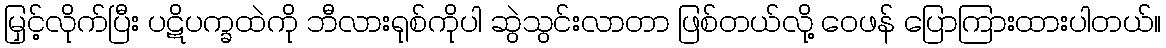
မြှင့်လိုက်ပြီး ပဋိပက္ခထဲကို ဘီလားရုစ်ကိုပါ ဆွဲသွင်းလာတာ ဖြစ်တယ်လို့ ဝေဖန် ပြောကြားထားပါတယ်။